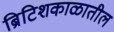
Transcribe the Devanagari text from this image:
ब्रिटिशकाळातील